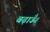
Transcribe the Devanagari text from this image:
बढ़ाऊँ।